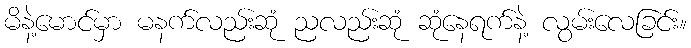
မိနဲ့မောင်မှာ မနက်လည်းဆုံ ညလည်းဆုံ ဆုံနေရက်နဲ့ လွမ်းလေခြင်း။